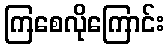
ကြစေလိုကြောင်း